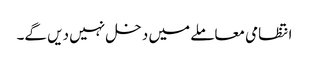
انتظامی معاملے میں دخل نہیں دیں گے۔